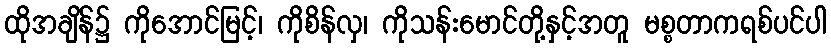
ထိုအချိန်၌ ကိုအောင်မြင့်၊ ကိုစိန်လှ၊ ကိုသန်းမောင်တို့နှင့်အတူ မစ္စတာကရစ်ပင်ပါ